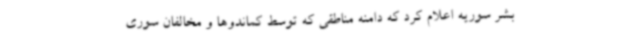
بشر سوریه اعلام کرد که دامنه مناطقی که توسط کماندوها و مخالفان سوری